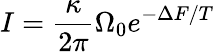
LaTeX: I=\frac{\kappa}{2\pi}\Omega_{0}e^{-\Delta F/T}